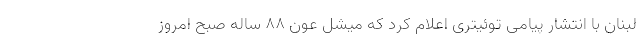
لبنان با انتشار پیامی توئیتری اعلام کرد که میشل عون ۸۸ ساله صبح امروز